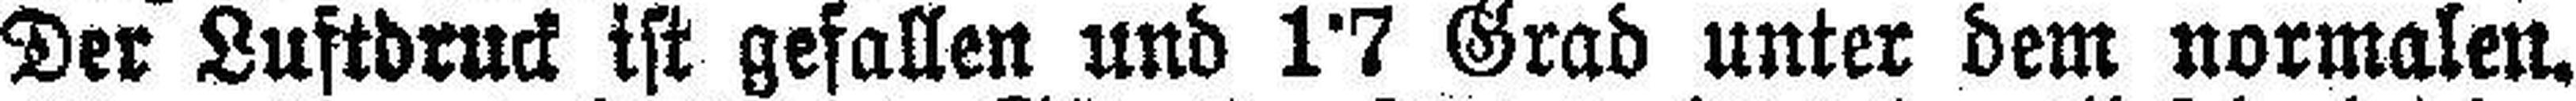
Der Luftdruck ist gefallen und 1°7 Grad unter dem normalen.